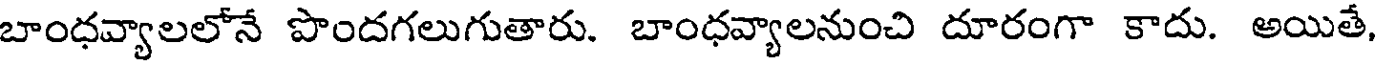
బాంధవ్యాలలోనే పొందగలుగుతారు. బాంధవ్యాలనుంచి దూరంగా కాదు. అయితే,